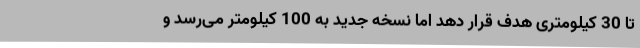
تا 30 کیلومتری هدف قرار دهد اما نسخه جدید به 100 کیلومتر می‌رسد و